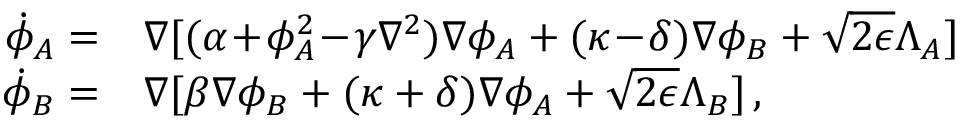
\begin{array} { r l } { \! \dot { \phi } _ { A } = } & { \nabla [ ( \alpha \! + \! \phi _ { A } ^ { 2 } \! - \! \gamma \nabla ^ { 2 } ) \nabla \phi _ { A } + ( \kappa \! - \! \delta ) \nabla \phi _ { B } + \sqrt { 2 \epsilon } \Lambda _ { A } ] } \\ { \! \dot { \phi } _ { B } = } & { \nabla [ \beta \nabla \phi _ { B } + ( \kappa + \delta ) \nabla \phi _ { A } + \sqrt { 2 \epsilon } \Lambda _ { B } ] \, , } \end{array}